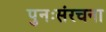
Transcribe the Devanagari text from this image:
पुनःसंरचना